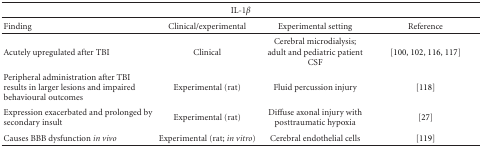
| <COLSPAN=4> IL-1β |
 | --- | --- | --- | --- |
 | Finding | Clinical/experimental | Experimental setting | Reference |
 | Acutely upregulated after TBI | Clinical | Cerebral microdialysis; adult and pediatric patient CSF | [100, 102, 116, 117] |
 | Peripheral administration after TBI results in larger lesions and impaired behavioural outcomes | Experimental (rat) | Fluid percussion injury | [118] |
 | Expression exacerbated and prolonged by secondary insult | Experimental (rat) | Diffuse axonal injury with posttraumatic hypoxia | [27] |
 | Causes BBB dysfunction in vivo | Experimental (rat; in vitro) | Cerebral endothelial cells | [119] |